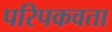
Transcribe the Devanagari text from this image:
परिपकवता